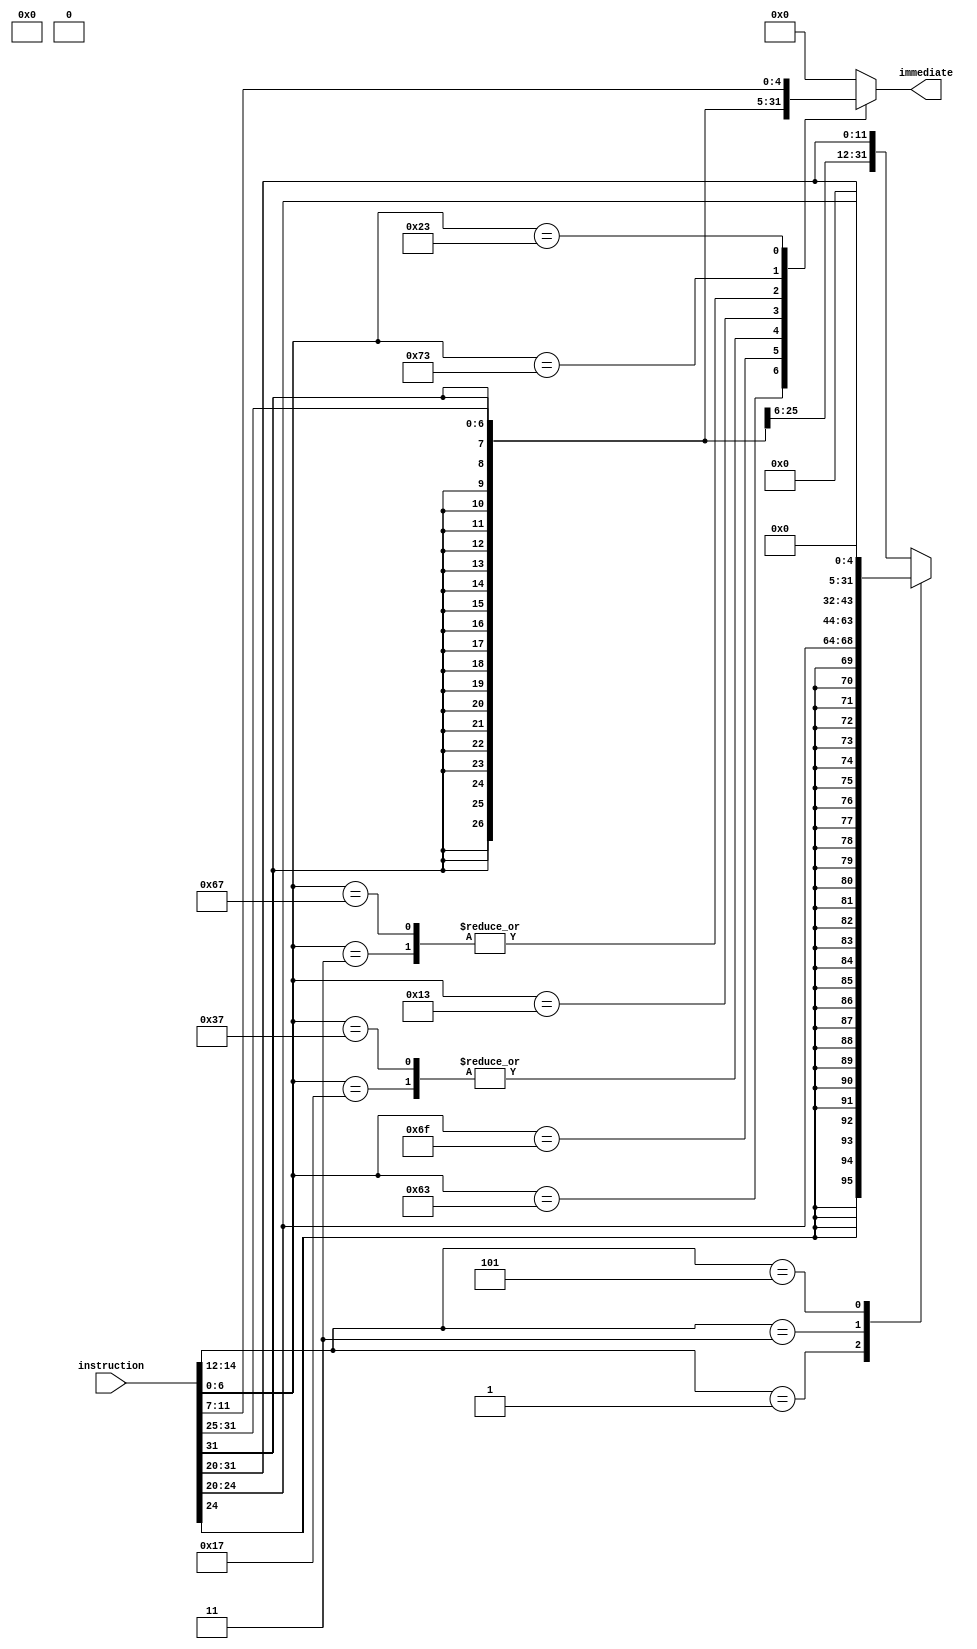
module Immediate_Generator (
    input wire [31:0] instruction,
    output reg [31:0] immediate
);


localparam LW_OPCODE        = 7'b0000011;
localparam SW_OPCODE        = 7'b0100011;
localparam JAL_OPCODE       = 7'b1101111;
localparam LUI_OPCODE       = 7'b0110111;
localparam CSR_OPCODE       = 7'b1110011;
localparam JALR_OPCODE      = 7'b1100111;
localparam AUIPC_OPCODE     = 7'b0010111;
localparam BRANCH_OPCODE    = 7'b1100011;
localparam IMMEDIATE_OPCODE = 7'b0010011;


always @(*) begin
    case (instruction[6:0])
        BRANCH_OPCODE: // SB type
            immediate = {{19{instruction[31]}}, instruction[31], instruction[7], instruction[30:25], instruction[11:8], 1'b0};
        JAL_OPCODE: // UJ type JAL
            immediate = {{11{instruction[31]}}, instruction[31], instruction[19:12], instruction[20], instruction[30:21], 1'b0};
        AUIPC_OPCODE: // AUIPC U type
            immediate = {instruction[31:12], 12'h000};
        LUI_OPCODE: // LUI U type
            immediate = {instruction[31:12], 12'h000};
        LW_OPCODE: // lw instruction 
            immediate = {{20{instruction[31]}}, instruction[31:20]};
        IMMEDIATE_OPCODE: // I type instruction
            case (instruction[14:12])
                3'b001: immediate = {{27{instruction[24]}}, instruction[24:20]};
                3'b011: immediate = {20'h00000, instruction[31:20]};
                3'b101: immediate = {{27'h0000000}, instruction[24:20]};
                default: immediate = {{20{instruction[31]}}, instruction[31:20]};
            endcase
        JALR_OPCODE: // I type instruction JALR
            immediate = {{20{instruction[31]}}, instruction[31:20]};
        CSR_OPCODE: // I type instruction  CSR
            immediate = {20'h00000, instruction[31:20]};
        SW_OPCODE: // sw instruction  (S type)
            immediate = {{20{instruction[31]}}, instruction[31:25], instruction[11:7]};
        default: immediate = 32'h00000000;
    endcase
end
    
endmodule